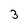
Character: 3